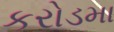
કરોડમા